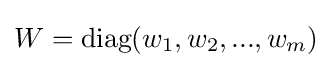
W={\text{diag}}(w_{1},w_{2},...,w_{m})